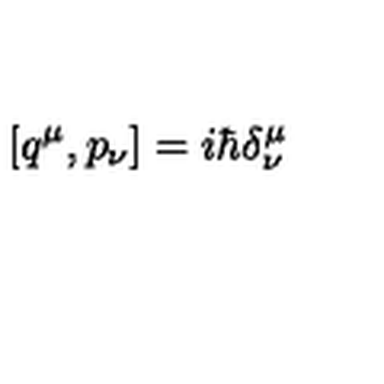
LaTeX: \left[ q ^ { \mu } , p _ { \nu } \right] = i \hbar \delta _ { \nu } ^ { \mu }